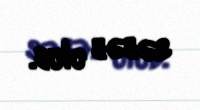
səbəb olub.